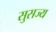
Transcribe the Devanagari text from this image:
सुसज्य